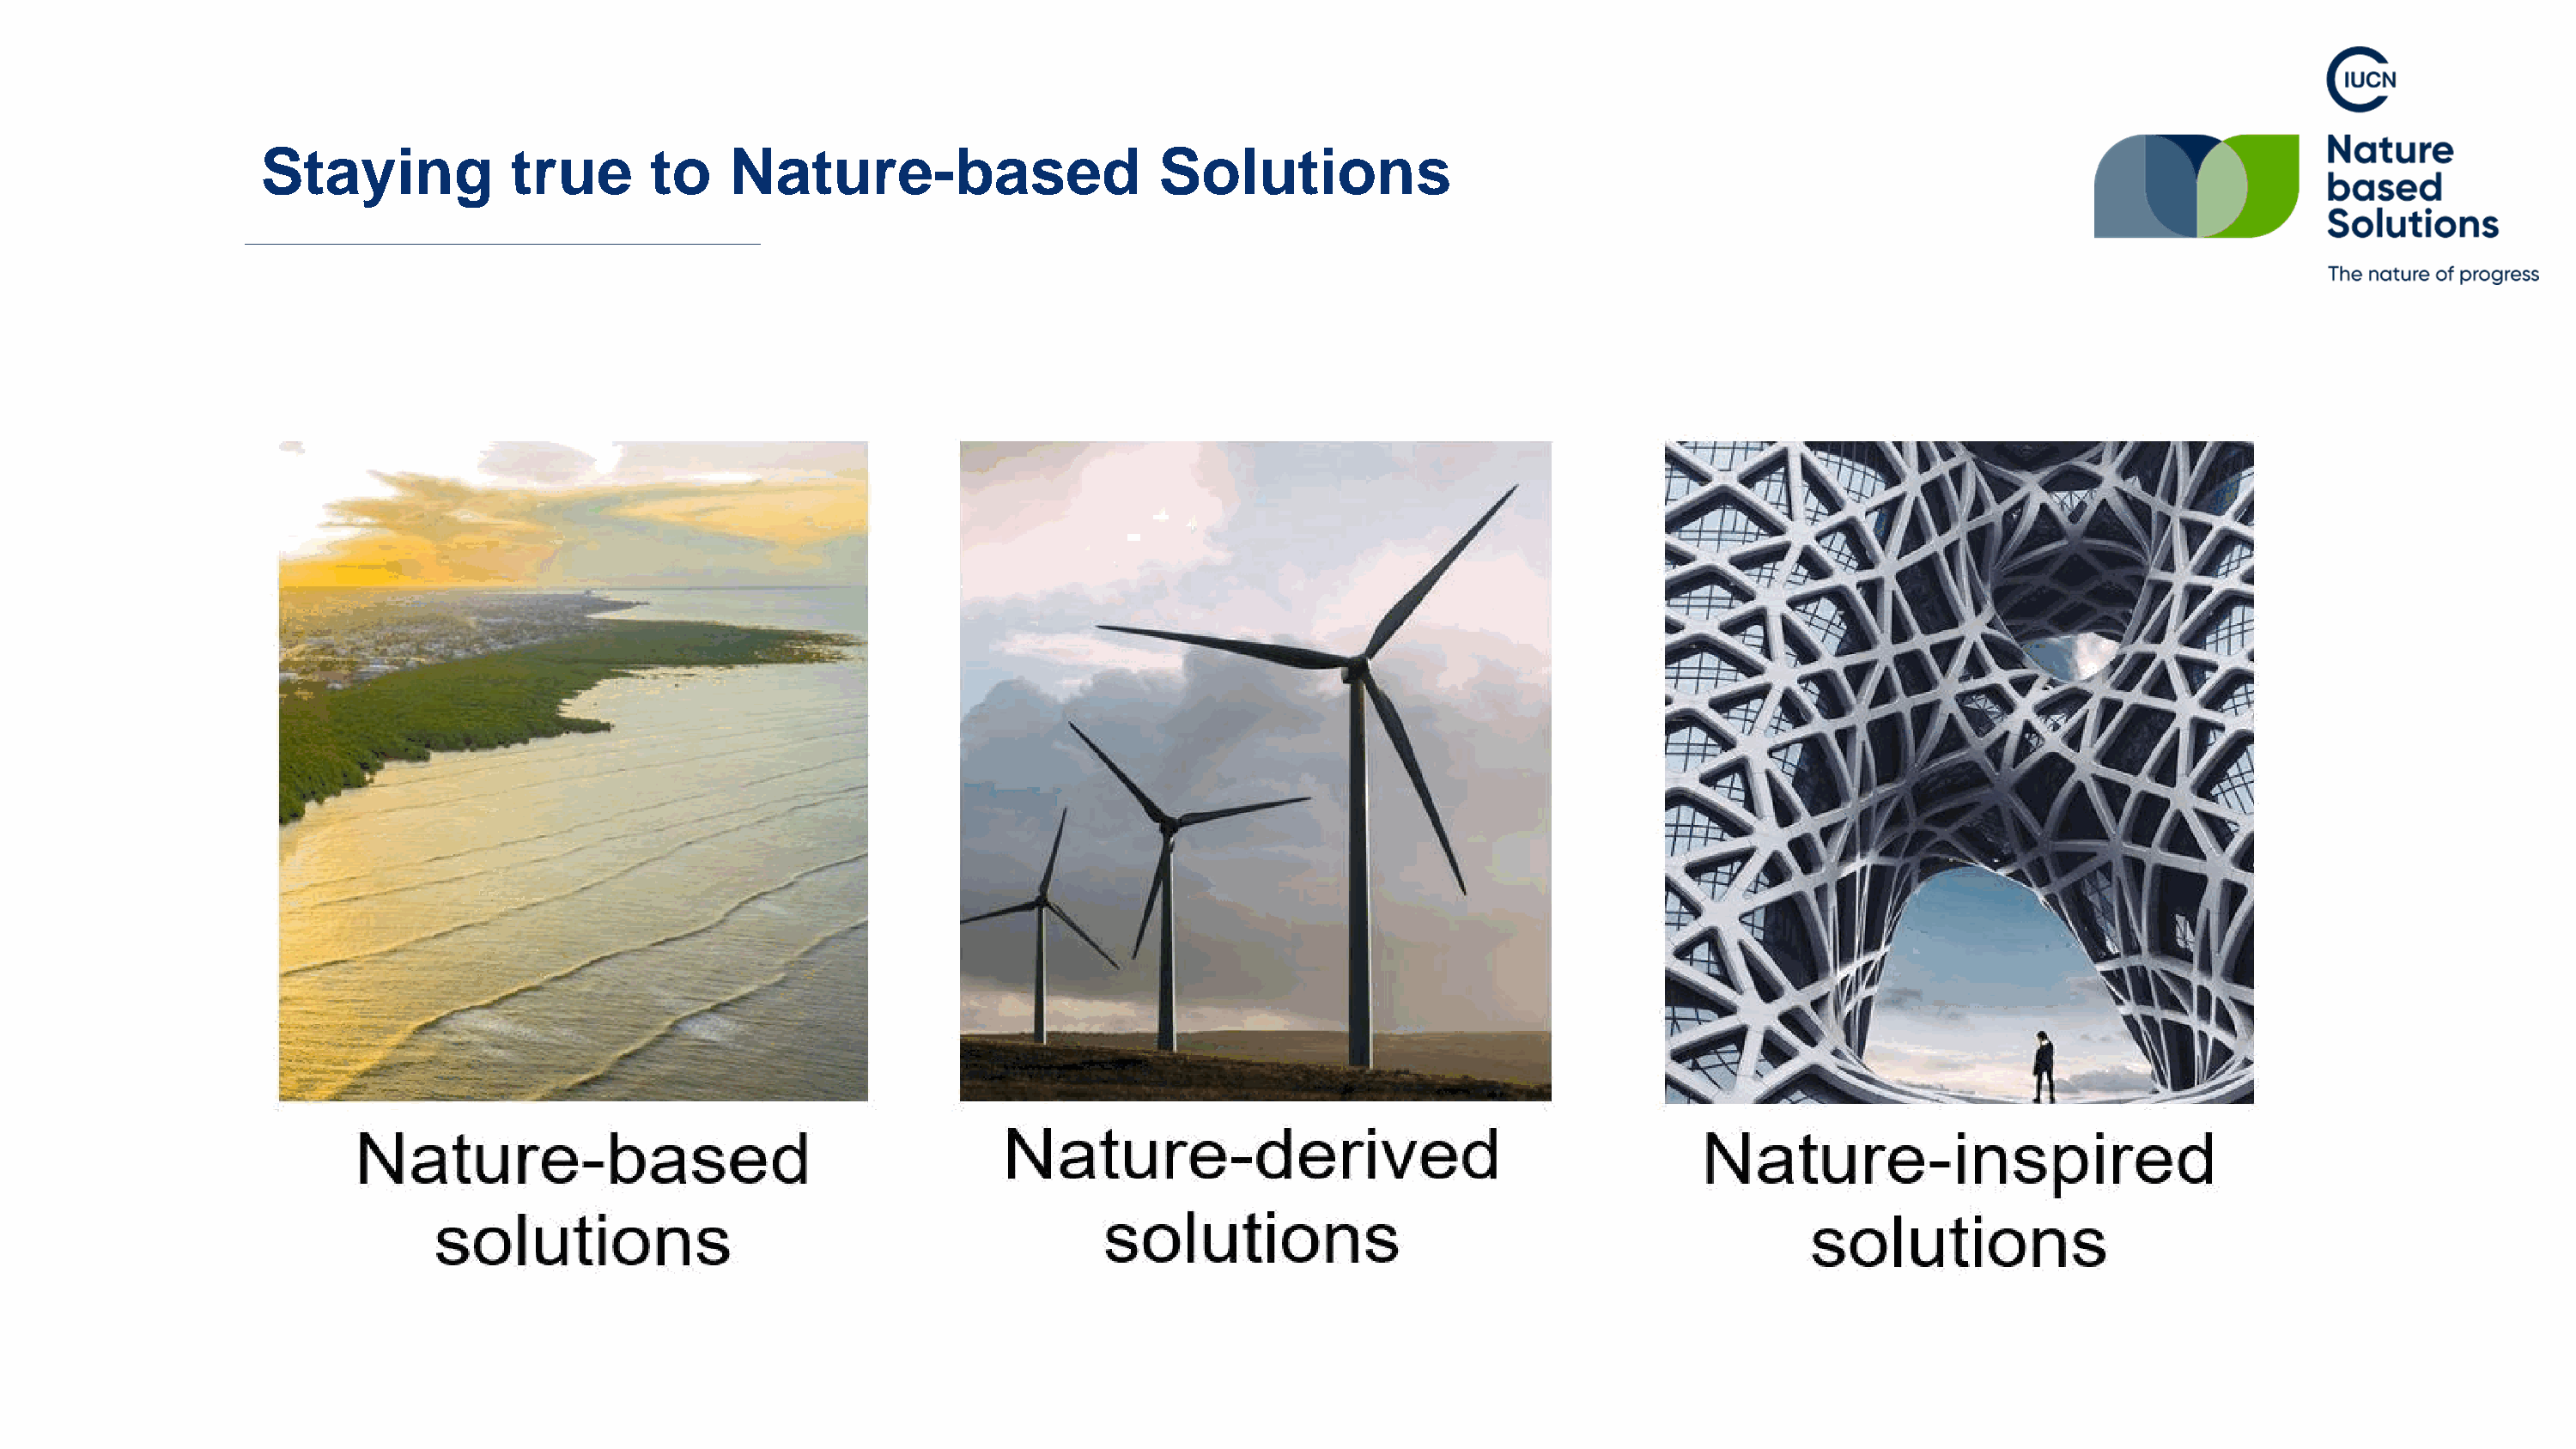
Staying            true       to    Nature-based                     Solutions
 © Grisons Office for Forest and Natural Hazards; Urs Fitze